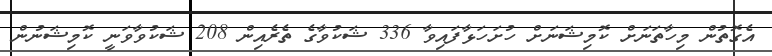
އެގޮތުން މިހާތަނަށް ކޮމިޝަނަށް ހުށަހަޅާފައިވާ 336 ޝަކުވާގެ ތެރެއިން 208 ޝަކުވާވަނީ ކޮމިޝަނުން